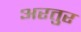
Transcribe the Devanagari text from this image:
अरतुर